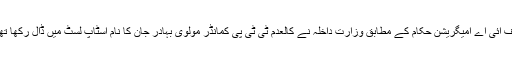
ایف آئی اے امیگریشن حکام کے مطابق وزارت داخلہ نے کالعدم ٹی ٹی پی کمانڈر مولوی بہادر جان کا نام اسٹاپ لسٹ میں ڈال رکھا تھا۔